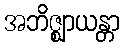
အဘိဇ္ဈာယန္တာ